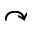
\curvearrowright